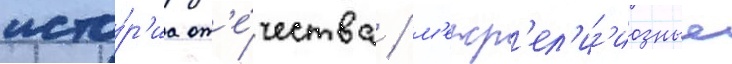
исто́р'иа от'е́чества / м'ежр'ел'иг'иозные